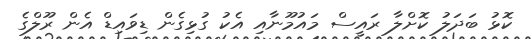
ކޮޅު ބަދަލު ކޮށްލާ ރައީސް މައުމޫނާއި އެކު ގުޅިގެން ޑިވައިޑް އެން ރޫލްގެ